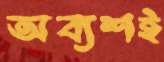
অব্যশই